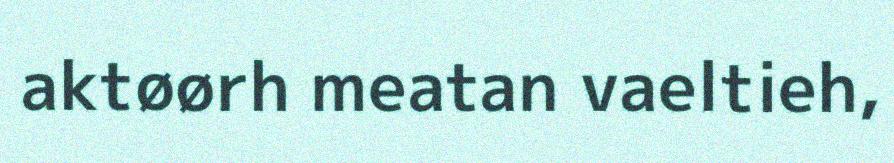
aktøørh meatan vaeltieh,